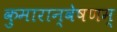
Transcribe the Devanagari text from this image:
कुमारान्वेषणम्